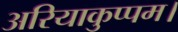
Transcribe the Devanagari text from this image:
अरियाकुप्पम।